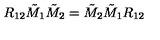
R _ { 1 2 } \tilde { M } _ { 1 } \tilde { M } _ { 2 } = \tilde { M } _ { 2 } \tilde { M } _ { 1 } { R } _ { 1 2 }